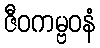
ဇီဝကမ္ဗဝနံ